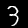
Digit: 3